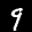
Label: 9